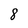
Character: 8